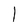
Character: 1